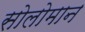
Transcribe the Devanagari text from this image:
सोलोमान